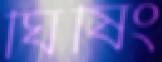
ঘিষিং